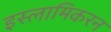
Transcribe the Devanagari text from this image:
इस्लामिकरन